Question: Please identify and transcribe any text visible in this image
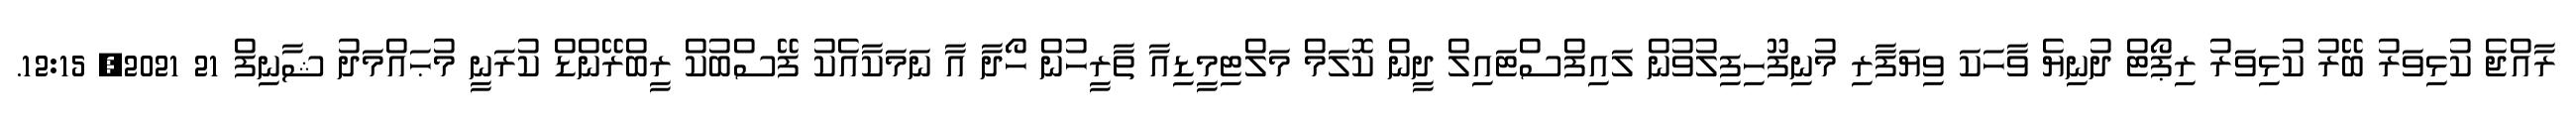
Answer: ރާއްޖެ ކުޅިވަރު ބޭރު ކުޅިވަރު ރިޕޯޓް ދުނިޔެ ވާހަކަ ވިޔަފާރި މުނިފޫހިފިލުވުން ލައިފްސްޓައިލް ދީން ކޮލަމް މަލްޓިމީޑިއާ ތާރީހުން ހޯދާ އާ ނަމަކާއެކު ފޭސްބުކް ރީބްރޭންޑް ކުރަނީ މުޙައްމަދު ޝާނިފް 21 2021, 12:15.